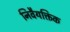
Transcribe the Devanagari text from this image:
निवैयक्तिक